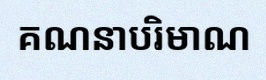
គណនាបរិមាណ